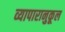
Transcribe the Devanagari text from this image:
व्यापारानुकूल